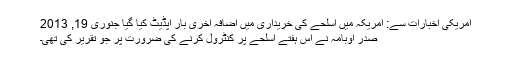
امریکی اخبارات سے: امریکہ میں اسلحے کی خریداری میں اضافہ آخری بار اپڈیٹ کیا گیا جنوری 19, 2013
صدر اوبامہ نے اس ہفتے اسلحے پر کنٹرول کرنے کی ضرورت پر جو تقریر کی تھی۔